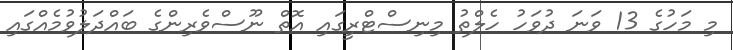
މި މަހުގެ 13 ވަނަ ދުވަހު ހެލްތު މިނިސްޓްރީގައި އޮތް ނޫސްވެރިންގެ ބައްދަލުވުމެއްގައި